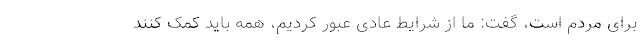
برای مردم است، گفت: ما از شرایط عادی عبور کردیم، همه باید کمک کنند